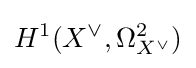
H^{1}(X^{\vee },\Omega _{X^{\vee }}^{2})